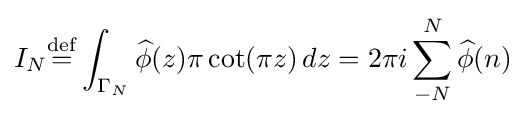
I_{N}{\overset {\mathrm {def} }{=}}\int _{\Gamma _{N}}{\widehat {\phi }}(z)\pi \cot(\pi z)\,dz={2\pi i}\sum _{-N}^{N}{\widehat {\phi }}(n)